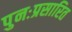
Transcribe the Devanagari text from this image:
पुनःप्रसारित